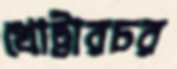
খোট্টারচর